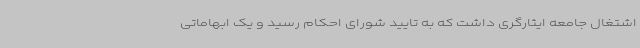
اشتغال جامعه ایثارگری داشت که به تایید شورای احکام رسید و یک ابهاماتی